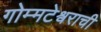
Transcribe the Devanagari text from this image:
गोम्मटेश्वराची